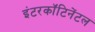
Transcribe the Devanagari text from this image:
इंटरकॉंटिनेंटल